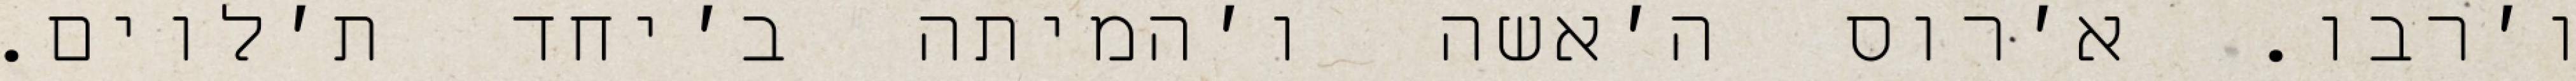
ו׳רבו. א׳רוס ה׳אשה ו׳המיתה ב׳יחד ת׳לוים.